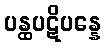
ပန္ထပဋိပန္နေ